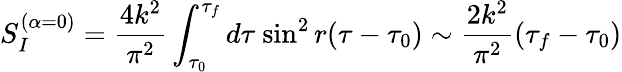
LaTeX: S_{I}^{(\alpha=0)}=\frac{4k^{2}}{\pi^{2}}\int_{\tau_{0}}^{\tau_{f}}d\tau{}~{\sin}^{2}\, r(\tau-\tau_{0})\sim\frac{2k^{2}}{\pi^{2}}(\tau_{f}-\tau_{0})